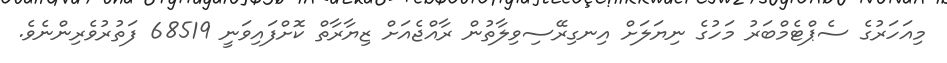
މިއަހަރުގެ ސެޕްޓެމްބަރު މަހުގެ ނިޔަލަށް އިނގިރޭސިވިލާތުން ރާއްޖެއަށް ޒިޔާރާތް ކޮށްފައިވަނީ 68519 ފަތުރުވެެރިންނެވެ.